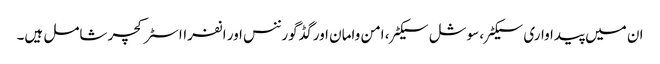
ان میں پیداواری سیکٹر، سوشل سیکٹر، امن وامان اور گڈ گورننس اور انفرااسٹرکچر شامل ہیں۔